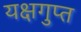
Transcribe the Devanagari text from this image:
यक्षगुप्त